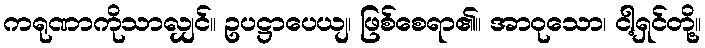
ကရုဏာကိုသာလျှင်။ ဥပဋ္ဌာပေယျ၊ ဖြစ်စေရာ၏။ အာဝုသော၊ ငါ့ရှင်တို့။